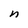
Character: n